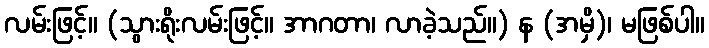
လမ်းဖြင့်။ (သွားရိုးလမ်းဖြင့်။ အာဂတာ၊ လာခဲ့သည်။) န (အမှိ)၊ မဖြစ်ပါ။